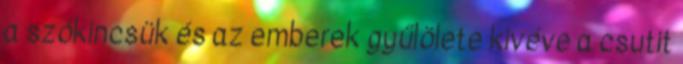
a szókincsük és az emberek gyűlölete kivéve a csutit